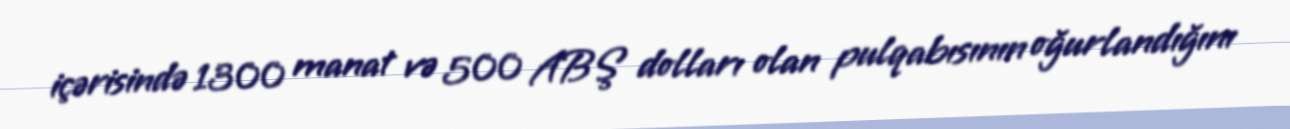
içərisində 1300 manat və 500 ABŞ dolları olan pulqabısının oğurlandığını